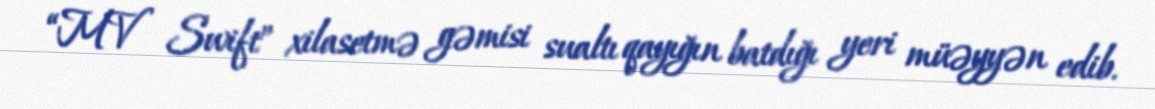
“MV Swift” xilasetmə gəmisi sualtı qayığın batdığı yeri müəyyən edib.